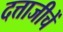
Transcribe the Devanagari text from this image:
दत्ताजीचें